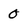
Character: 0